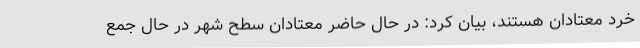
خرد معتادان هستند، بیان کرد: در حال حاضر معتادان سطح شهر در حال جمع